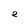
Character: e